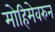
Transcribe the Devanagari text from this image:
मोहिमेवरुन